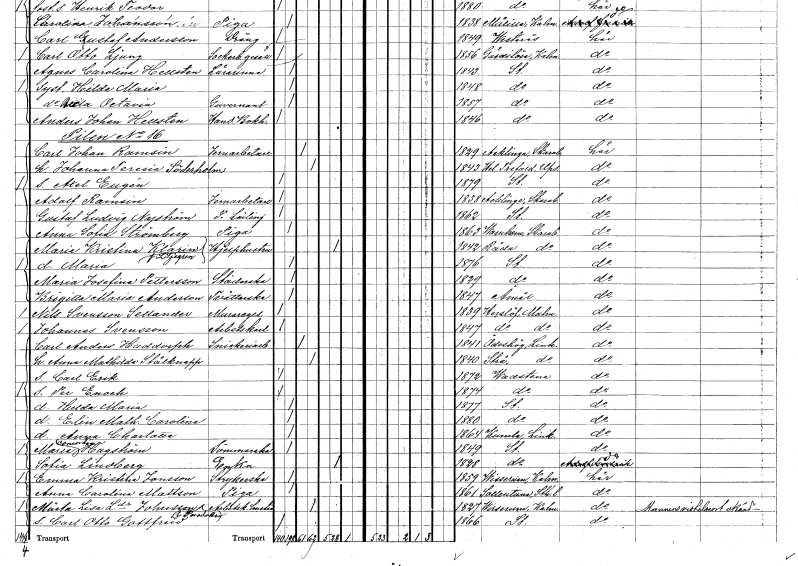
gt_parse: households: individuals: FN: Adolf
EN: Ramsin
YRKE: Järnarbetare
KON: M
CIV: O
FODAR: 1838
FODFORS: Acklinga Skaraborgs län
FN: Gustaf Ludvig
EN: Nyström
YRKE: Järnarbetarelärling
KON: M
CIV: O
FODAR: 1862
FODFORS: Stockholm
FN: Anna Sofia
EN: Strömberg
YRKE: Piga
KON: K
CIV: O
FODAR: 1863
FODFORS: Varnhem Skaraborgs län
FN: Maria Kristina
EN: Klarin Liljegren
YRKE: Hjälphustru
KON: K
CIV: E
FODAR: 1842
FODFORS: Råda Skaraborgs län
FN: Maria
KON: K
CIV: O
FODAR: 1876
FODFORS: Stockholm
FN: Maria Josefina
EN: Pettersson
YRKE: Städerska
KON: K
CIV: O
FODAR: 1829
FODFORS: Stockholm
FN: Brigitta Maria
EN: Anderson
YRKE: Tvätterska
KON: K
CIV: O
FODAR: 1847
FODFORS: Åmål Älvsborgs län
FN: Nils
EN: Svensson Sellander
YRKE: Muraregesäll
KON: M
CIV: O
FODAR: 1839
FODFORS: Härslöv Malmöhus län
FN: Johannes
EN: Svensson
YRKE: Arbetskarl
KON: M
CIV: O
FODAR: 1847
FODFORS: Härslöv Malmöhus län
FN: Carl Anders
EN: Haddorph
YRKE: Snickeriarbetare
KON: M
CIV: G
FODAR: 1841
FODFORS: Ödeshög Östergötlands län
FN: Anna Mathilda
EN: Stålknapp
KON: K
CIV: G
FODAR: 1840
FODFORS: Strå Östergötlands län
FN: Carl Erik
KON: M
CIV: O
FODAR: 1872
FODFORS: Vadstena Östergötlands län
FN: Per Enoch
KON: M
CIV: O
FODAR: 1874
FODFORS: Vadstena Östergötlands län
FN: Hulda Maria
KON: K
CIV: O
FODAR: 1877
FODFORS: Stockholm
FN: Elin Mathilda Carolina
KON: K
CIV: O
FODAR: 1880
FODFORS: Stockholm
FN: Anna Charlotta
KON: K
CIV: O
FODAR: 1864
FODFORS: Kumla Östergötlands län
FN: Maria Concordia
EN: Hagström
YRKE: Sömmerska
KON: K
CIV: O
FODAR: 1849
FODFORS: Stockholm
FN: Sofia
EN: Lindberg
YRKE: Änka
KON: K
CIV: E
FODAR: 1828
FODFORS: Stockholm
FN: Emma Kristina
EN: Jonsson
YRKE: Strykerska
KON: K
CIV: O
FODAR: 1859
FODFORS: Virserum Kalmar län
FN: Anna Carolina
EN: Mattson
YRKE: Piga
KON: K
CIV: O
FODAR: 1861
FODFORS: Sollentuna Stockholms län
FN: Märta Lisa
EN: Larsdotter Johansson Persdotter
YRKE: Arbetskarlshustru
KON: K
CIV: G
FODAR: 1827
FODFORS: Virserum Kalmar län
FN: Carl Otto Gottfrid
KON: M
CIV: O
FODAR: 1866
FODFORS: Stockholm